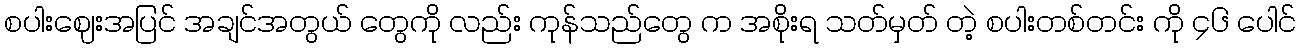
စပါးဈေးအပြင် အချင်အတွယ် တွေကို လည်း ကုန်သည်တွေ က အစိုးရ သတ်မှတ် တဲ့ စပါးတစ်တင်း ကို ၄၆ ပေါင်